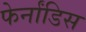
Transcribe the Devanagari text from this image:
फेर्नांडिस